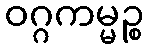
ဝဂ္ဂကမ္မဉ္စ